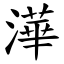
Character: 澕